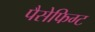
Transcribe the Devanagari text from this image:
पैसेफिग्ट